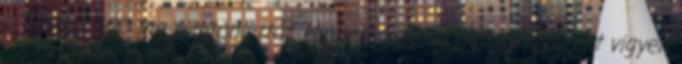
a Flemac 100 mg filmtablettát. Minden megmaradt gyógyszert vigyen